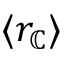
\langle r _ { \mathbb { C } } \rangle